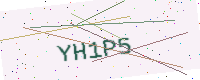
Text: YH1P5